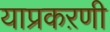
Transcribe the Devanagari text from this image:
याप्रकऱणी